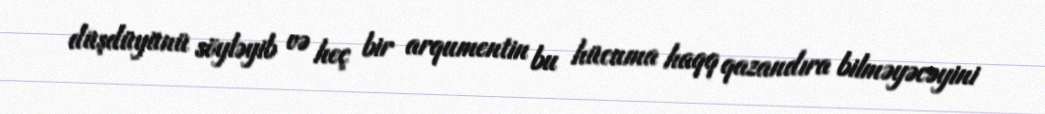
düşdüyünü söyləyib və heç bir arqumentin bu hücuma haqq qazandıra bilməyəcəyini